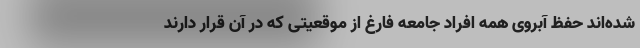
شده‌اند حفظ آبروی همه افراد جامعه فارغ از موقعیتی که در آن قرار دارند